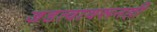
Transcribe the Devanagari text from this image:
जडत्वावरूनही